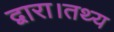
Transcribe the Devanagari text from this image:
द्वारा।तथ्य